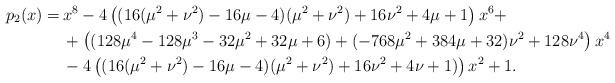
LaTeX: \begin{align*} p_2(x) =& \, x^8-4\left((16(\mu^2+\nu^2)-16\mu-4)(\mu^2+\nu^2)+16\nu^2+4\mu+1\right)x^6+\\ & \, + \left((128\mu^4-128\mu^3-32\mu^2+32\mu+6)+(-768\mu^2+384\mu+32)\nu^2+128\nu^4\right)x^4\\ & \, - 4\left((16(\mu^2+\nu^2)-16\mu-4)(\mu^2+\nu^2)+16\nu^2+4\nu+1)\right)x^2+1.\end{align*}